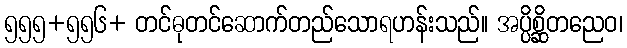
၅၅၅+၅၅၆+ တင်ဓုတင်ဆောက်တည်သောရဟန်းသည်။ အပ္ပိစ္ဆိတညေဝ၊